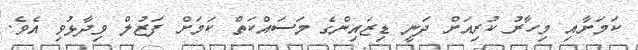
ކަމަށާއި މިހާރު ކުރިއަށް ދަނީ ޑިޒައިންގެ މަސައްކަތް ކަމަށް ފަޒުލް ވިދާޅުވި އެވެ.